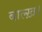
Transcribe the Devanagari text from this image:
बाल्ख़।